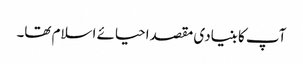
آپ کا بنیادی مقصداحیائے اسلام تھا۔